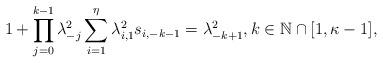
LaTeX: \begin{align*}1+\prod_{j=0}^{k-1}\lambda_{-j}^{2}\sum_{i=1}^{\eta} \lambda_{i,1}^{2}s_{i,-k-1} = \lambda_{-k+1}^{2}, k\in\mathbb{N}\cap[1,\kappa-1],\end{align*}